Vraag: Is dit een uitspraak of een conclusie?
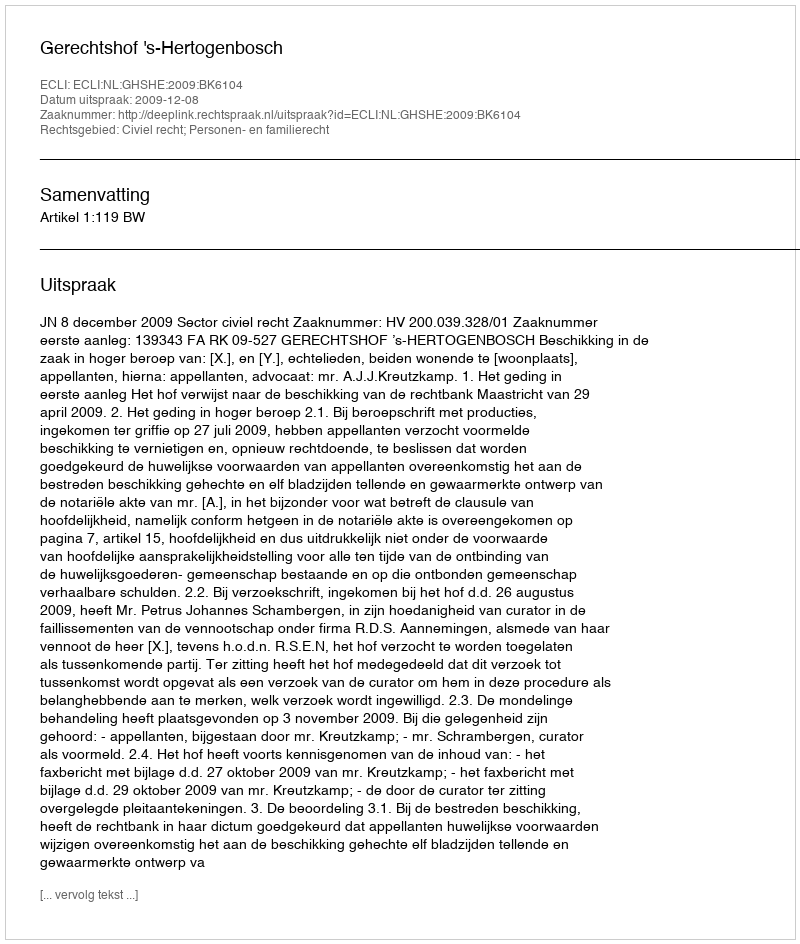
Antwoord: Uitspraak